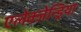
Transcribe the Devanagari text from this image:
एलेक्जेन्ड्रिया